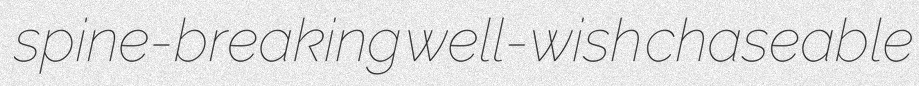
spine-breaking well-wish chaseable